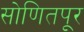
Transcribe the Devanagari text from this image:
सोणितपूर